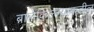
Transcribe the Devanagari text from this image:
बालेकिल्ल्याकडील